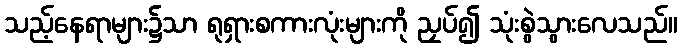
သည့်နေရာများ၌သာ ရုရှားစကားလုံးများကို ညှပ်၍ သုံးစွဲသွားလေသည်။